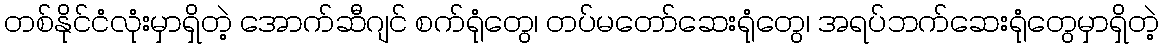
တစ်နိုင်ငံလုံးမှာရှိတဲ့ အောက်ဆီဂျင် စက်ရုံတွေ၊ တပ်မတော်ဆေးရုံတွေ၊ အရပ်ဘက်ဆေးရုံတွေမှာရှိတဲ့